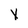
Character: y